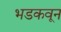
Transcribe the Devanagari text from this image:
भडकवून